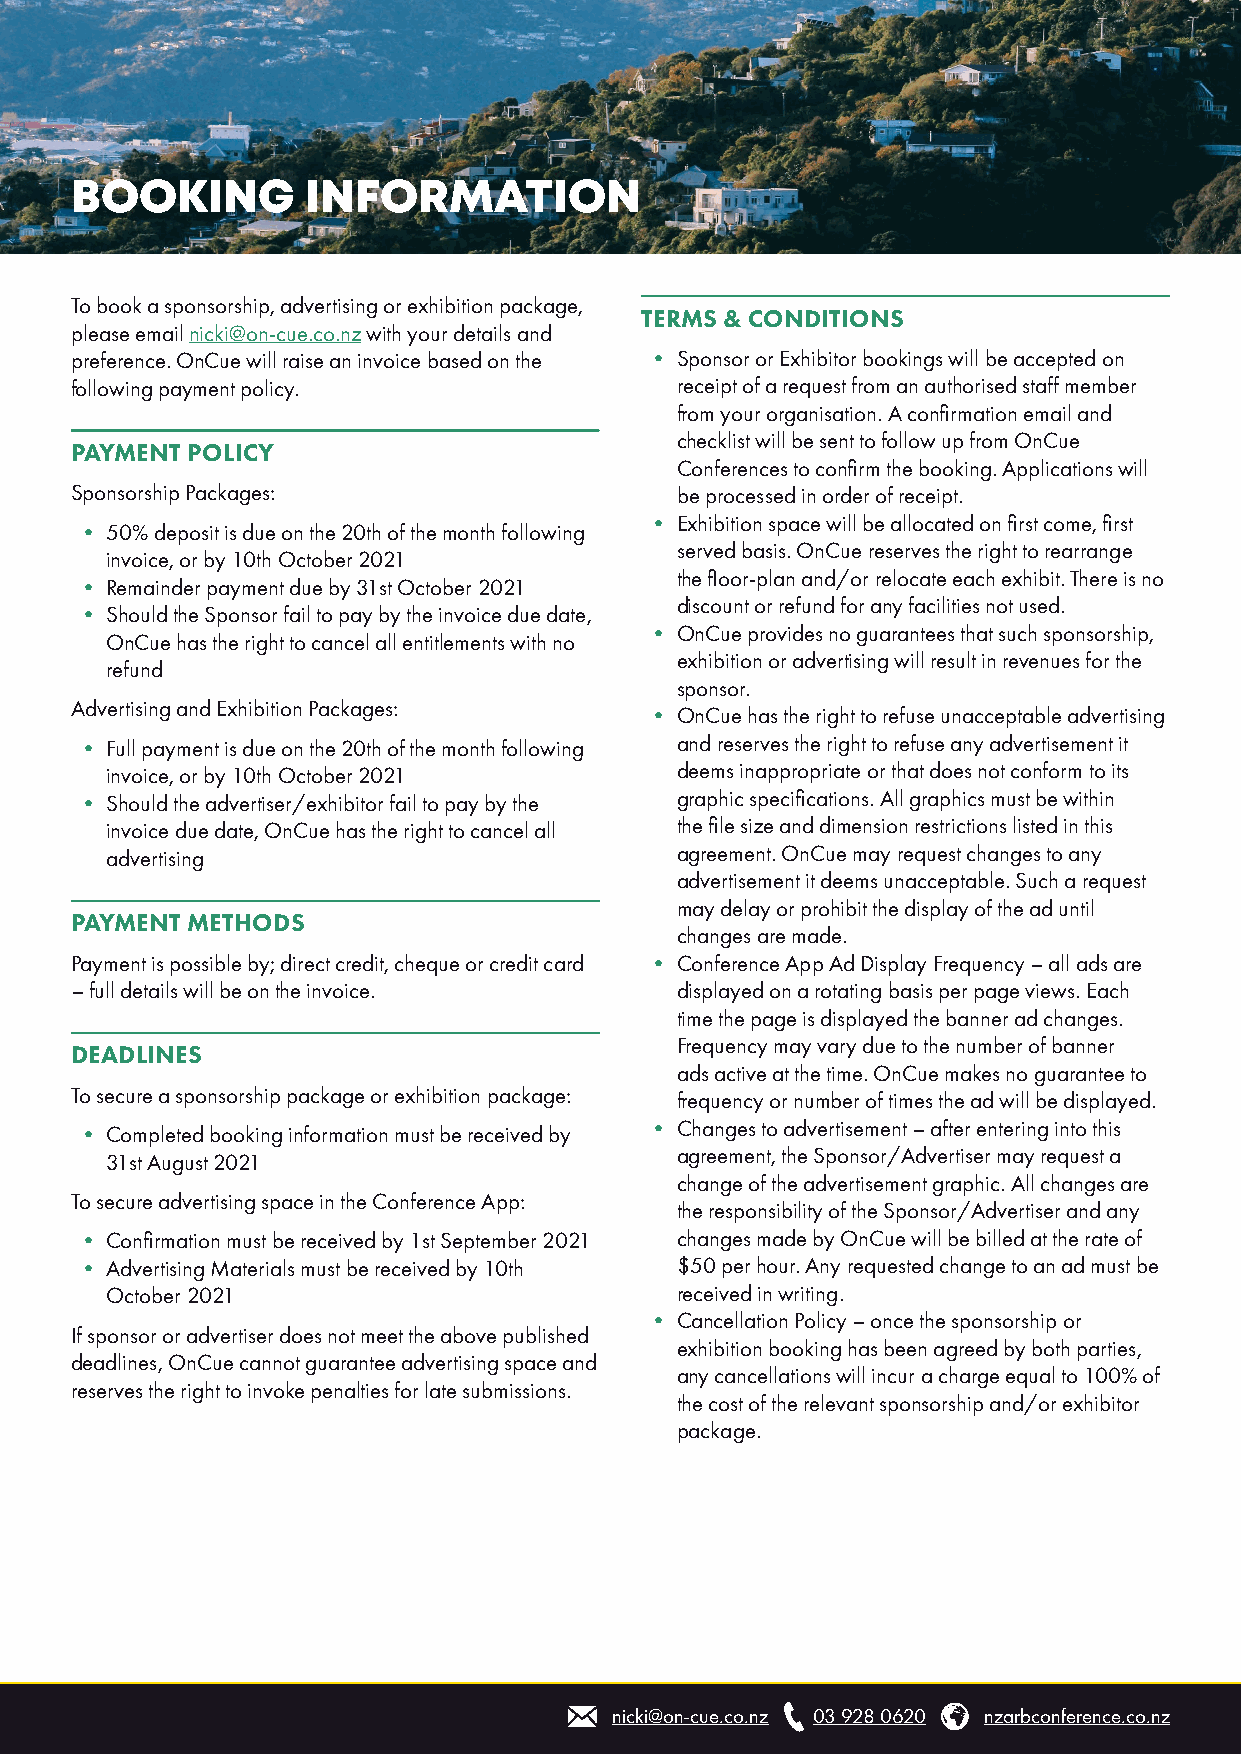
BOOKING        INFORMATION
 To book a sponsorship, advertising or exhibition package,
 TERMS & CONDITIONS
 please email nicki@on-cue.co.nz with your details and
 preference. OnCue will raise an invoice based on the • Sponsor or Exhibitor bookings will be accepted on
 following payment policy.               receipt of a request from an authorised staff member
 from your organisation. A confirmation email and
 checklist will be sent to follow up from OnCue
 PAYMENT POLICY
 Conferences to confirm the booking. Applications will
 Sponsorship Packages:                   be processed in order of receipt.
 • Exhibition space will be allocated on first come, first
 • 50% deposit is due on the 20th of the month following
 served basis. OnCue reserves the right to rearrange
 invoice, or by 10th October 2021
 the floor-plan and/or relocate each exhibit. There is no
 • Remainder payment due by 31st October 2021
 discount or refund for any facilities not used.
 • Should the Sponsor fail to pay by the invoice due date,
 • OnCue provides no guarantees that such sponsorship,
 OnCue has the right to cancel all entitlements with no
 exhibition or advertising will result in revenues for the
 refund
 sponsor.
 Advertising and Exhibition Packages:
 • OnCue has the right to refuse unacceptable advertising
 • Full payment is due on the 20th of the month following and reserves the right to refuse any advertisement it
 invoice, or by 10th October 2021      deems inappropriate or that does not conform to its
 • Should the advertiser/exhibitor fail to pay by the graphic specifications. All graphics must be within
 invoice due date, OnCue has the right to cancel all the file size and dimension restrictions listed in this
 advertising                           agreement. OnCue may request changes to any
 advertisement it deems unacceptable. Such a request
 may delay or prohibit the display of the ad until
 PAYMENT METHODS
 changes are made.
 Payment is possible by; direct credit, cheque or credit card • Conference App Ad Display Frequency – all ads are
 – full details will be on the invoice.  displayed on a rotating basis per page views. Each
 time the page is displayed the banner ad changes.
 Frequency may vary due to the number of banner
 DEADLINES
 ads active at the time. OnCue makes no guarantee to
 To secure a sponsorship package or exhibition package: frequency or number of times the ad will be displayed.
 • Changes to advertisement – after entering into this
 • Completed booking information must be received by
 agreement, the Sponsor/Advertiser may request a
 31st August 2021
 change of the advertisement graphic. All changes are
 To secure advertising space in the Conference App:
 the responsibility of the Sponsor/Advertiser and any
 • Confirmation must be received by 1st September 2021 changes made by OnCue will be billed at the rate of
 • Advertising Materials must be received by 10th $50 per hour. Any requested change to an ad must be
 October 2021                          received in writing.
 • Cancellation Policy – once the sponsorship or
 If sponsor or advertiser does not meet the above published
 exhibition booking has been agreed by both parties,
 deadlines, OnCue cannot guarantee advertising space and
 any cancellations will incur a charge equal to 100% of
 reserves the right to invoke penalties for late submissions.
 the cost of the relevant sponsorship and/or exhibitor
 package.
 nicki@on-cue.co.nz 03 928 0620 nzarbconference.co.nz